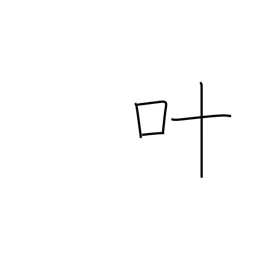
Meaning: grant